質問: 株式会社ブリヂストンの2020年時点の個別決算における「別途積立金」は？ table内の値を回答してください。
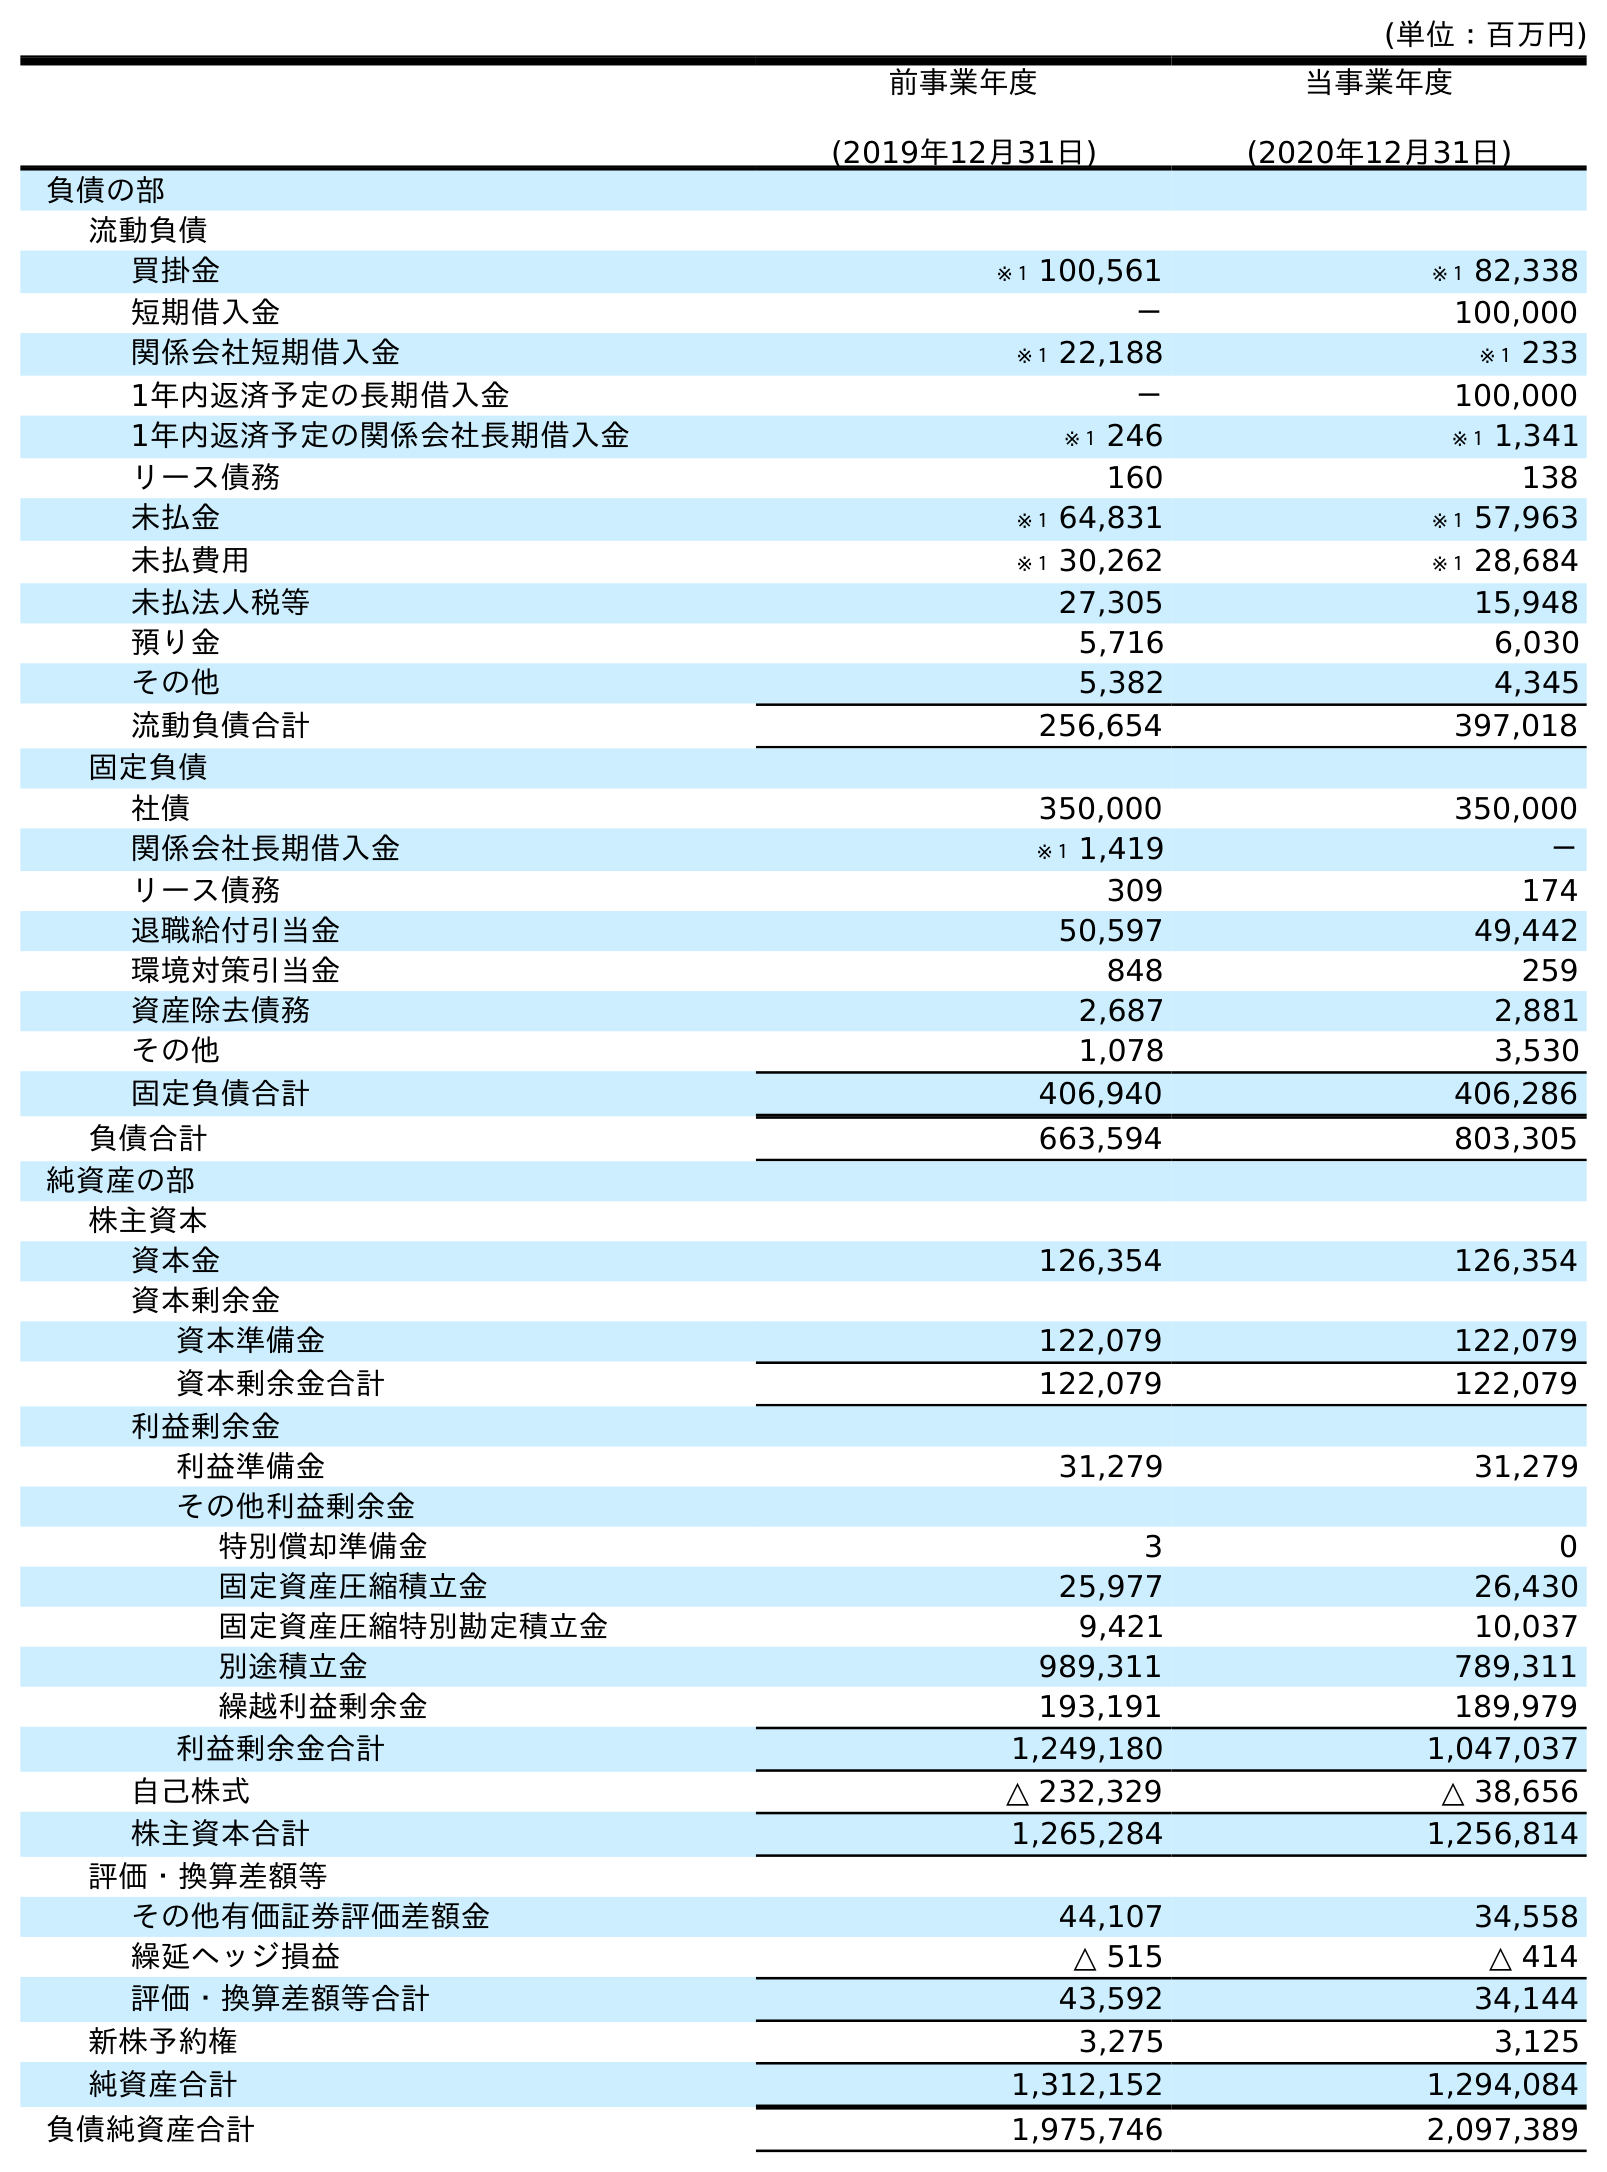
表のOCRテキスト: (単位：百万円) 前事業年度 (2019年12月31日) 当事業年度 (2020年12月31日) 負債の部 流動負債 買掛金 ※１ 100,561 ※１ 82,338 短期借入金 － 100,000 関係会社短期借入金 ※１ 22,188 ※１ 233 1年内返済予定の長期借入金 － 100,000 1年内返済予定の関係会社長期借入金 ※１ 246 ※１ 1,341 リース債務 160 138 未払金 ※１ 64,831 ※１ 57,963 未払費用 ※１ 30,262 ※１ 28,684 未払法人税等 27,305 15,948 預り金 5,716 6,030 その他 5,382 4,345 流動負債合計 256,654 397,018 固定負債 社債 350,000 350,000 関係会社長期借入金 ※１ 1,419 － リース債務 309 174 退職給付引当金 50,597 49,442 環境対策引当金 848 259 資産除去債務 2,687 2,881 その他 1,078 3,530 固定負債合計 406,940 406,286 負債合計 663,594 803,305 純資産の部 株主資本 資本金 126,354 126,354 資本剰余金 資本準備金 122,079 122,079 資本剰余金合計 122,079 122,079 利益剰余金 利益準備金 31,279 31,279 その他利益剰余金 特別償却準備金 3 0 固定資産圧縮積立金 25,977 26,430 固定資産圧縮特別勘定積立金 9,421 10,037 別途積立金 989,311 789,311 繰越利益剰余金 193,191 189,979 利益剰余金合計 1,249,180 1,047,037 自己株式 △ 232,329 △ 38,656 株主資本合計 1,265,284 1,256,814 評価・換算差額等 その他有価証券評価差額金 44,107 34,558 繰延ヘッジ損益 △ 515 △ 414 評価・換算差額等合計 43,592 34,144 新株予約権 3,275 3,125 純資産合計 1,312,152 1,294,084 負債純資産合計 1,975,746 2,097,389
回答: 789,311